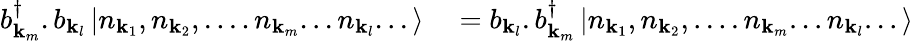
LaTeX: \begin{array}{rl}{b_{\mathbf{k}_{m}}^{\dagger}.b_{\mathbf{k}_{l}}\left|n_{\mathbf{k}_{1}},n_{\mathbf{k}_{2}},....n_{\mathbf{k}_{m}}...n_{\mathbf{k}_{l}}...\right\rangle}&{{}=b_{\mathbf{k}_{l}}.b_{\mathbf{k}_{m}}^{\dagger}\left|n_{\mathbf{k}_{1}},n_{\mathbf{k}_{2}},....n_{\mathbf{k}_{m}}...n_{\mathbf{k}_{l}}...\right\rangle}\end{array}